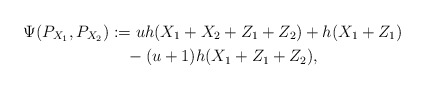
\begin{align*}\Psi(P_{X_1},P_{X_2})&:=uh(X_1+X_2+Z_1+Z_2)+h(X_1+Z_1)\\&\quad-(u+1)h(X_1+Z_1+Z_2),\end{align*}